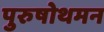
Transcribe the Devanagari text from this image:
पुरुषोथमन